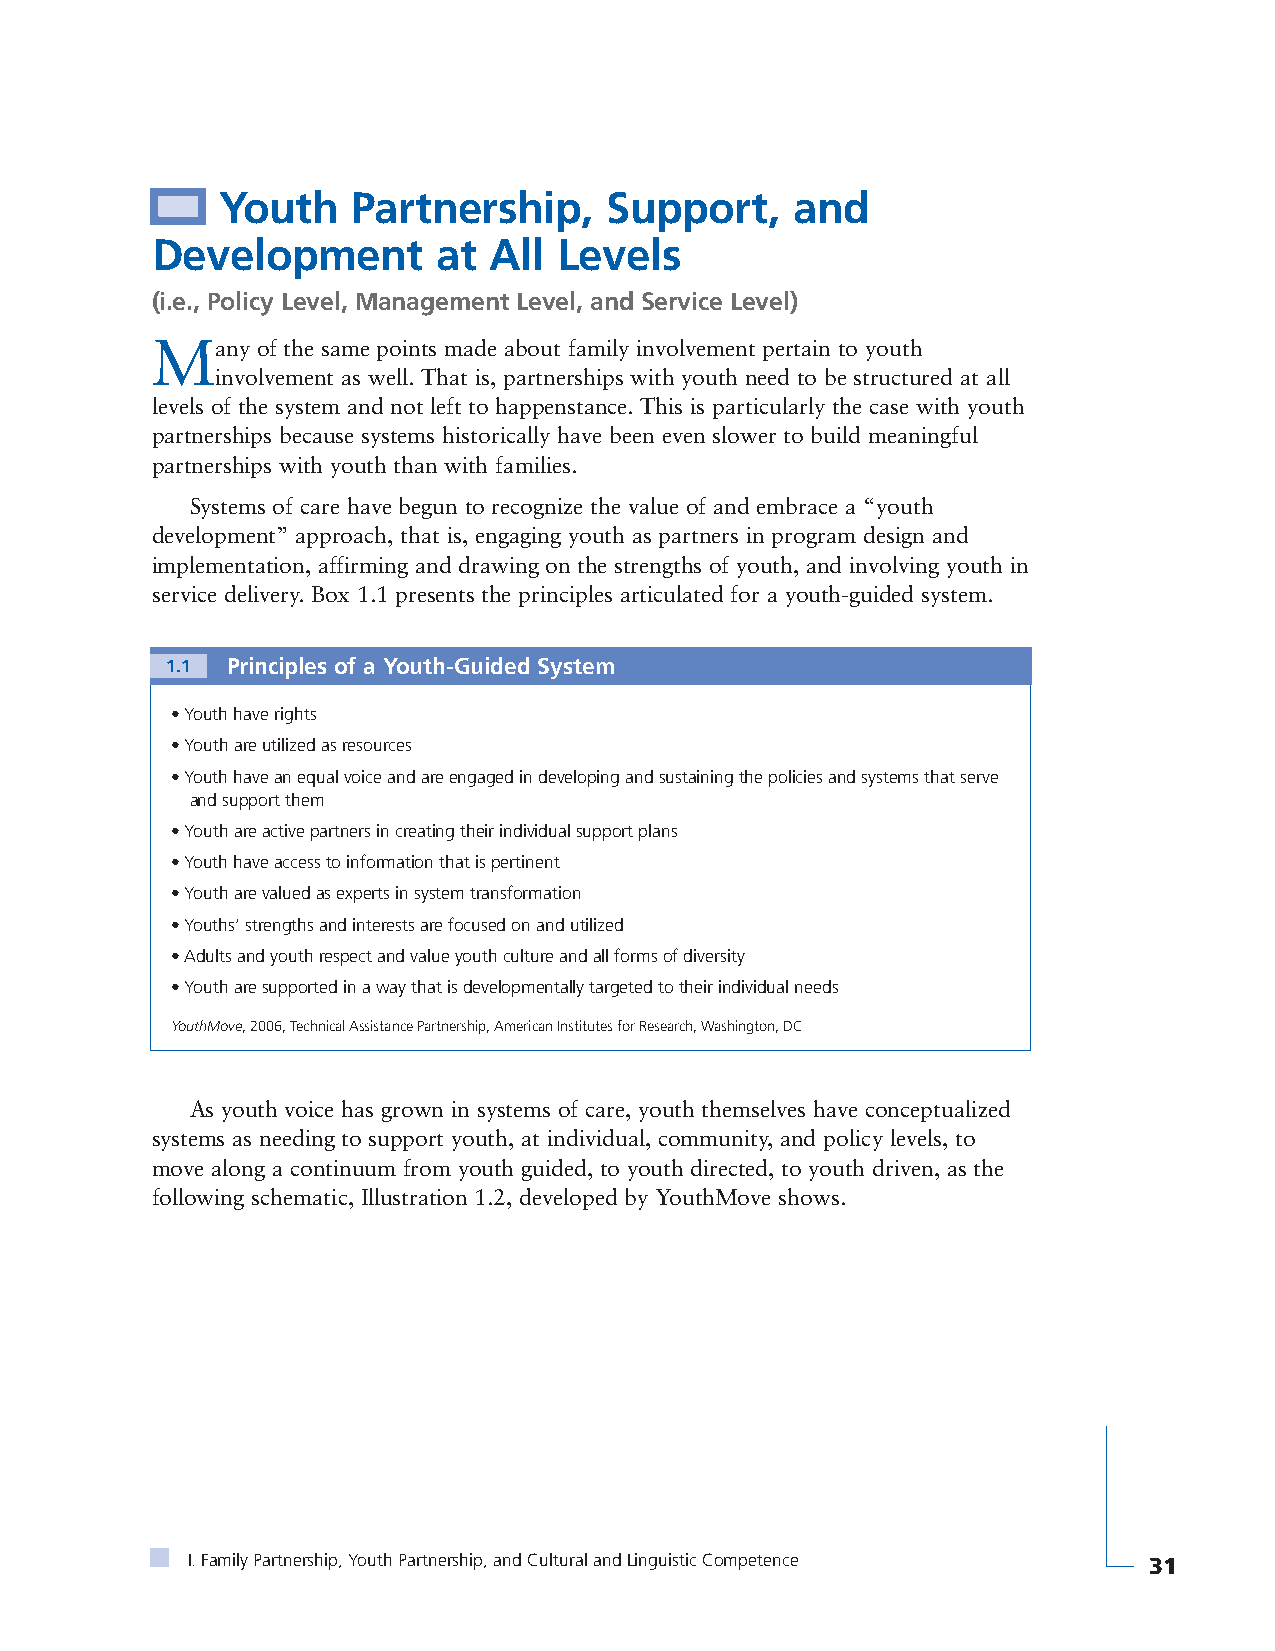
Youth    Partnership,     Support,     and
 Development        at All  Levels
 (i.e., Policy Level, Management Level, and Service Level)
 Many   of the same points made about family involvement pertain to youth
 involvement as well. That is, partnerships with youth need to be structured at all
 levels of the system and not left to happenstance. This is particularly the case with youth
 partnerships because systems historically have been even slower to build meaningful
 partnerships with youth than with families.
 Systems of care have begun to recognize the value of and embrace a “youth
 development” approach, that is, engaging youth as partners in program design and
 implementation, affirming and drawing on the strengths of youth, and involving youth in
 service delivery. Box 1.1 presents the principles articulated for a youth-guided system.
 1.1 Principles of a Youth-Guided System
 • Youth have rights
 • Youth are utilized as resources
 • Youth have an equal voice and are engaged in developing and sustaining the policies and systems that serve
 and support them
 • Youth are active partners in creating their individual support plans
 • Youth have access to information that is pertinent
 • Youth are valued as experts in system transformation
 • Youths’ strengths and interests are focused on and utilized
 • Adults and youth respect and value youth culture and all forms of diversity
 • Youth are supported in a way that is developmentally targeted to their individual needs
 YouthMove, 2006, Technical Assistance Partnership, American Institutes for Research, Washington, DC
 As youth voice has grown in systems of care, youth themselves have conceptualized
 systems as needing to support youth, at individual, community, and policy levels, to
 move along a continuum from youth guided, to youth directed, to youth driven, as the
 following schematic, Illustration 1.2, developed by YouthMove shows.
 I. Family Partnership, Youth Partnership, and Cultural and Linguistic Competence 31